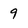
Character: 9